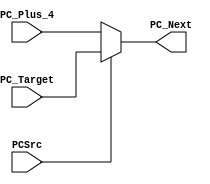
`timescale 1ns / 1ps
/*
 * Copyright (c) 2023 Govardhan
 *
 * Permission is hereby granted, free of charge, to any person obtaining a copy
 * of this software and associated documentation files (the "Software"), to deal
 * in the Software without restriction, including without limitation the rights
 * to use, copy, modify, merge, publish, distribute, sublicense, and/or sell
 * copies of the Software, and to permit persons to whom the Software is
 * furnished to do so, subject to the following conditions:
 *
 * The above copyright notice and this permission notice shall be included in
 * all copies or substantial portions of the Software.
 *
 * THE SOFTWARE IS PROVIDED "AS IS", WITHOUT WARRANTY OF ANY KIND, EXPRESS OR
 * IMPLIED, INCLUDING BUT NOT LIMITED TO THE WARRANTIES OF MERCHANTABILITY,
 * FITNESS FOR A PARTICULAR PURPOSE AND NONINFRINGEMENT. IN NO EVENT SHALL THE
 * AUTHORS OR COPYRIGHT HOLDERS BE LIABLE FOR ANY CLAIM, DAMAGES OR OTHER
 * LIABILITY, WHETHER IN AN ACTION OF CONTRACT, TORT OR OTHERWISE, ARISING FROM,
 * OUT OF OR IN CONNECTION WITH THE SOFTWARE OR THE USE OR OTHER DEALINGS IN
 * THE SOFTWARE.
 */

module PC_Mux (
	       input wire [31:0]  PC_Plus_4,PC_Target,
	       input wire 	  PCSrc,
	       output wire [31:0] PC_Next
	       );

   assign PC_Next = PCSrc ? PC_Target : PC_Plus_4;

endmodule